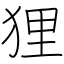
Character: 狸